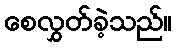
စေလွှတ်ခဲ့သည်။